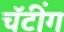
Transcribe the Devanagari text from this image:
चॅटींग